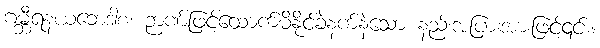
ဂမ္ဘီရနယဘေဒါစ၊ ဉာဏ်ဖြင့်ထောက်မိနိုင်ခဲနက်နဲသော နည်းအပြားအားဖြင့်၎င်း။